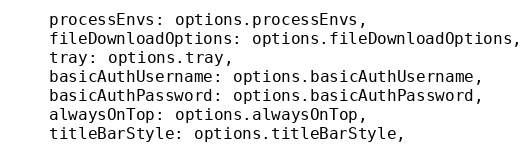
Language: JavaScript
    processEnvs: options.processEnvs,
    fileDownloadOptions: options.fileDownloadOptions,
    tray: options.tray,
    basicAuthUsername: options.basicAuthUsername,
    basicAuthPassword: options.basicAuthPassword,
    alwaysOnTop: options.alwaysOnTop,
    titleBarStyle: options.titleBarStyle,